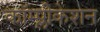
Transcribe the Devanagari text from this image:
कॉम्प्लीकेशन